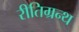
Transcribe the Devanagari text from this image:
रीतिग्रन्थ